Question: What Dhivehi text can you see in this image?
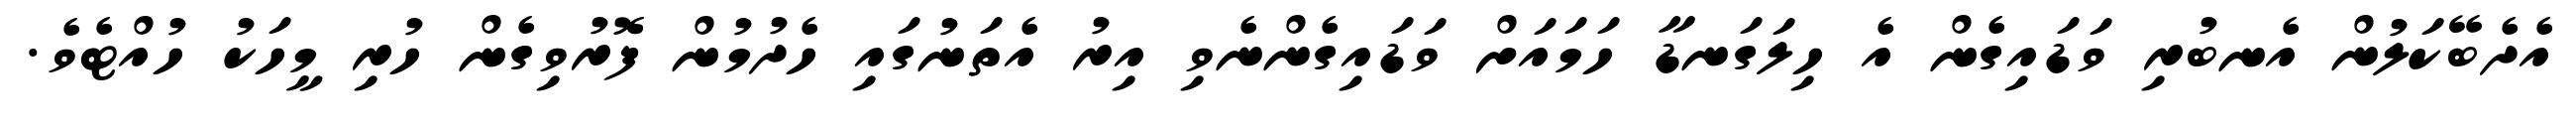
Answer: އެދެބޭކަލުން އެނބުރި ވަޑައިގެން އެ ހިލަގަނޑާ ހަމައަށް ވަޑައިގެންނެވި އިރު އެތަނުގައި ހެދުމުން ފޮރުވިގެން ހުރި މީހަކު ހުއްޓެވެ.